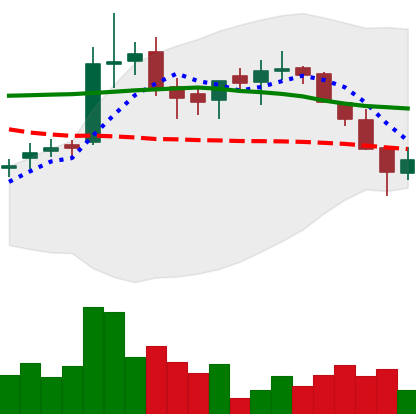
Ticker: LTC-USD
Chart end date: 2016-03-06
Forward return: 5.061%
Label: up_5_7